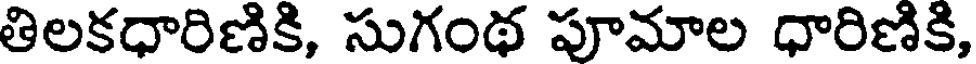
తిలకధారిణికి, సుగంథ పూమాల ధారిణికి,